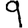
Digit: 9